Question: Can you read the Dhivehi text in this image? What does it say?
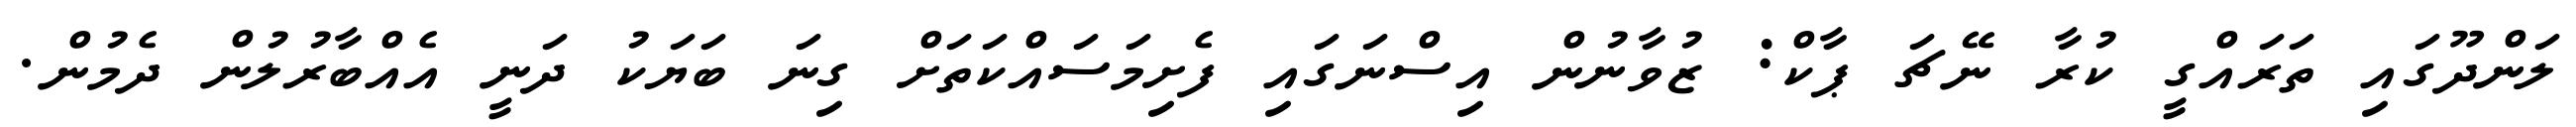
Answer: ލަންދޫގައި ތަރައްގީ ކުރާ ނޭޗަ ޕާކް: ޒުވާނުން އިސްނަގައި ފެށިމަސައްކަތަށް ގިނަ ބަޔަކު ދަނީ އެއްބާރުލުން ދެމުން.